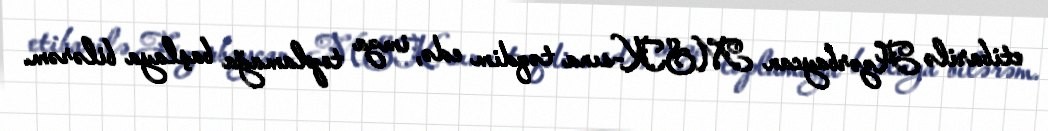
etibarilə Azərbaycan MSK-sına təqdim edə, imza toplamağa başlaya bilərəm.